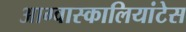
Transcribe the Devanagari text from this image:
आग्वास्कालियांटेस